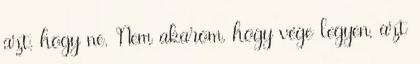
azt, hogy ne. Nem akarom, hogy vége legyen, azt